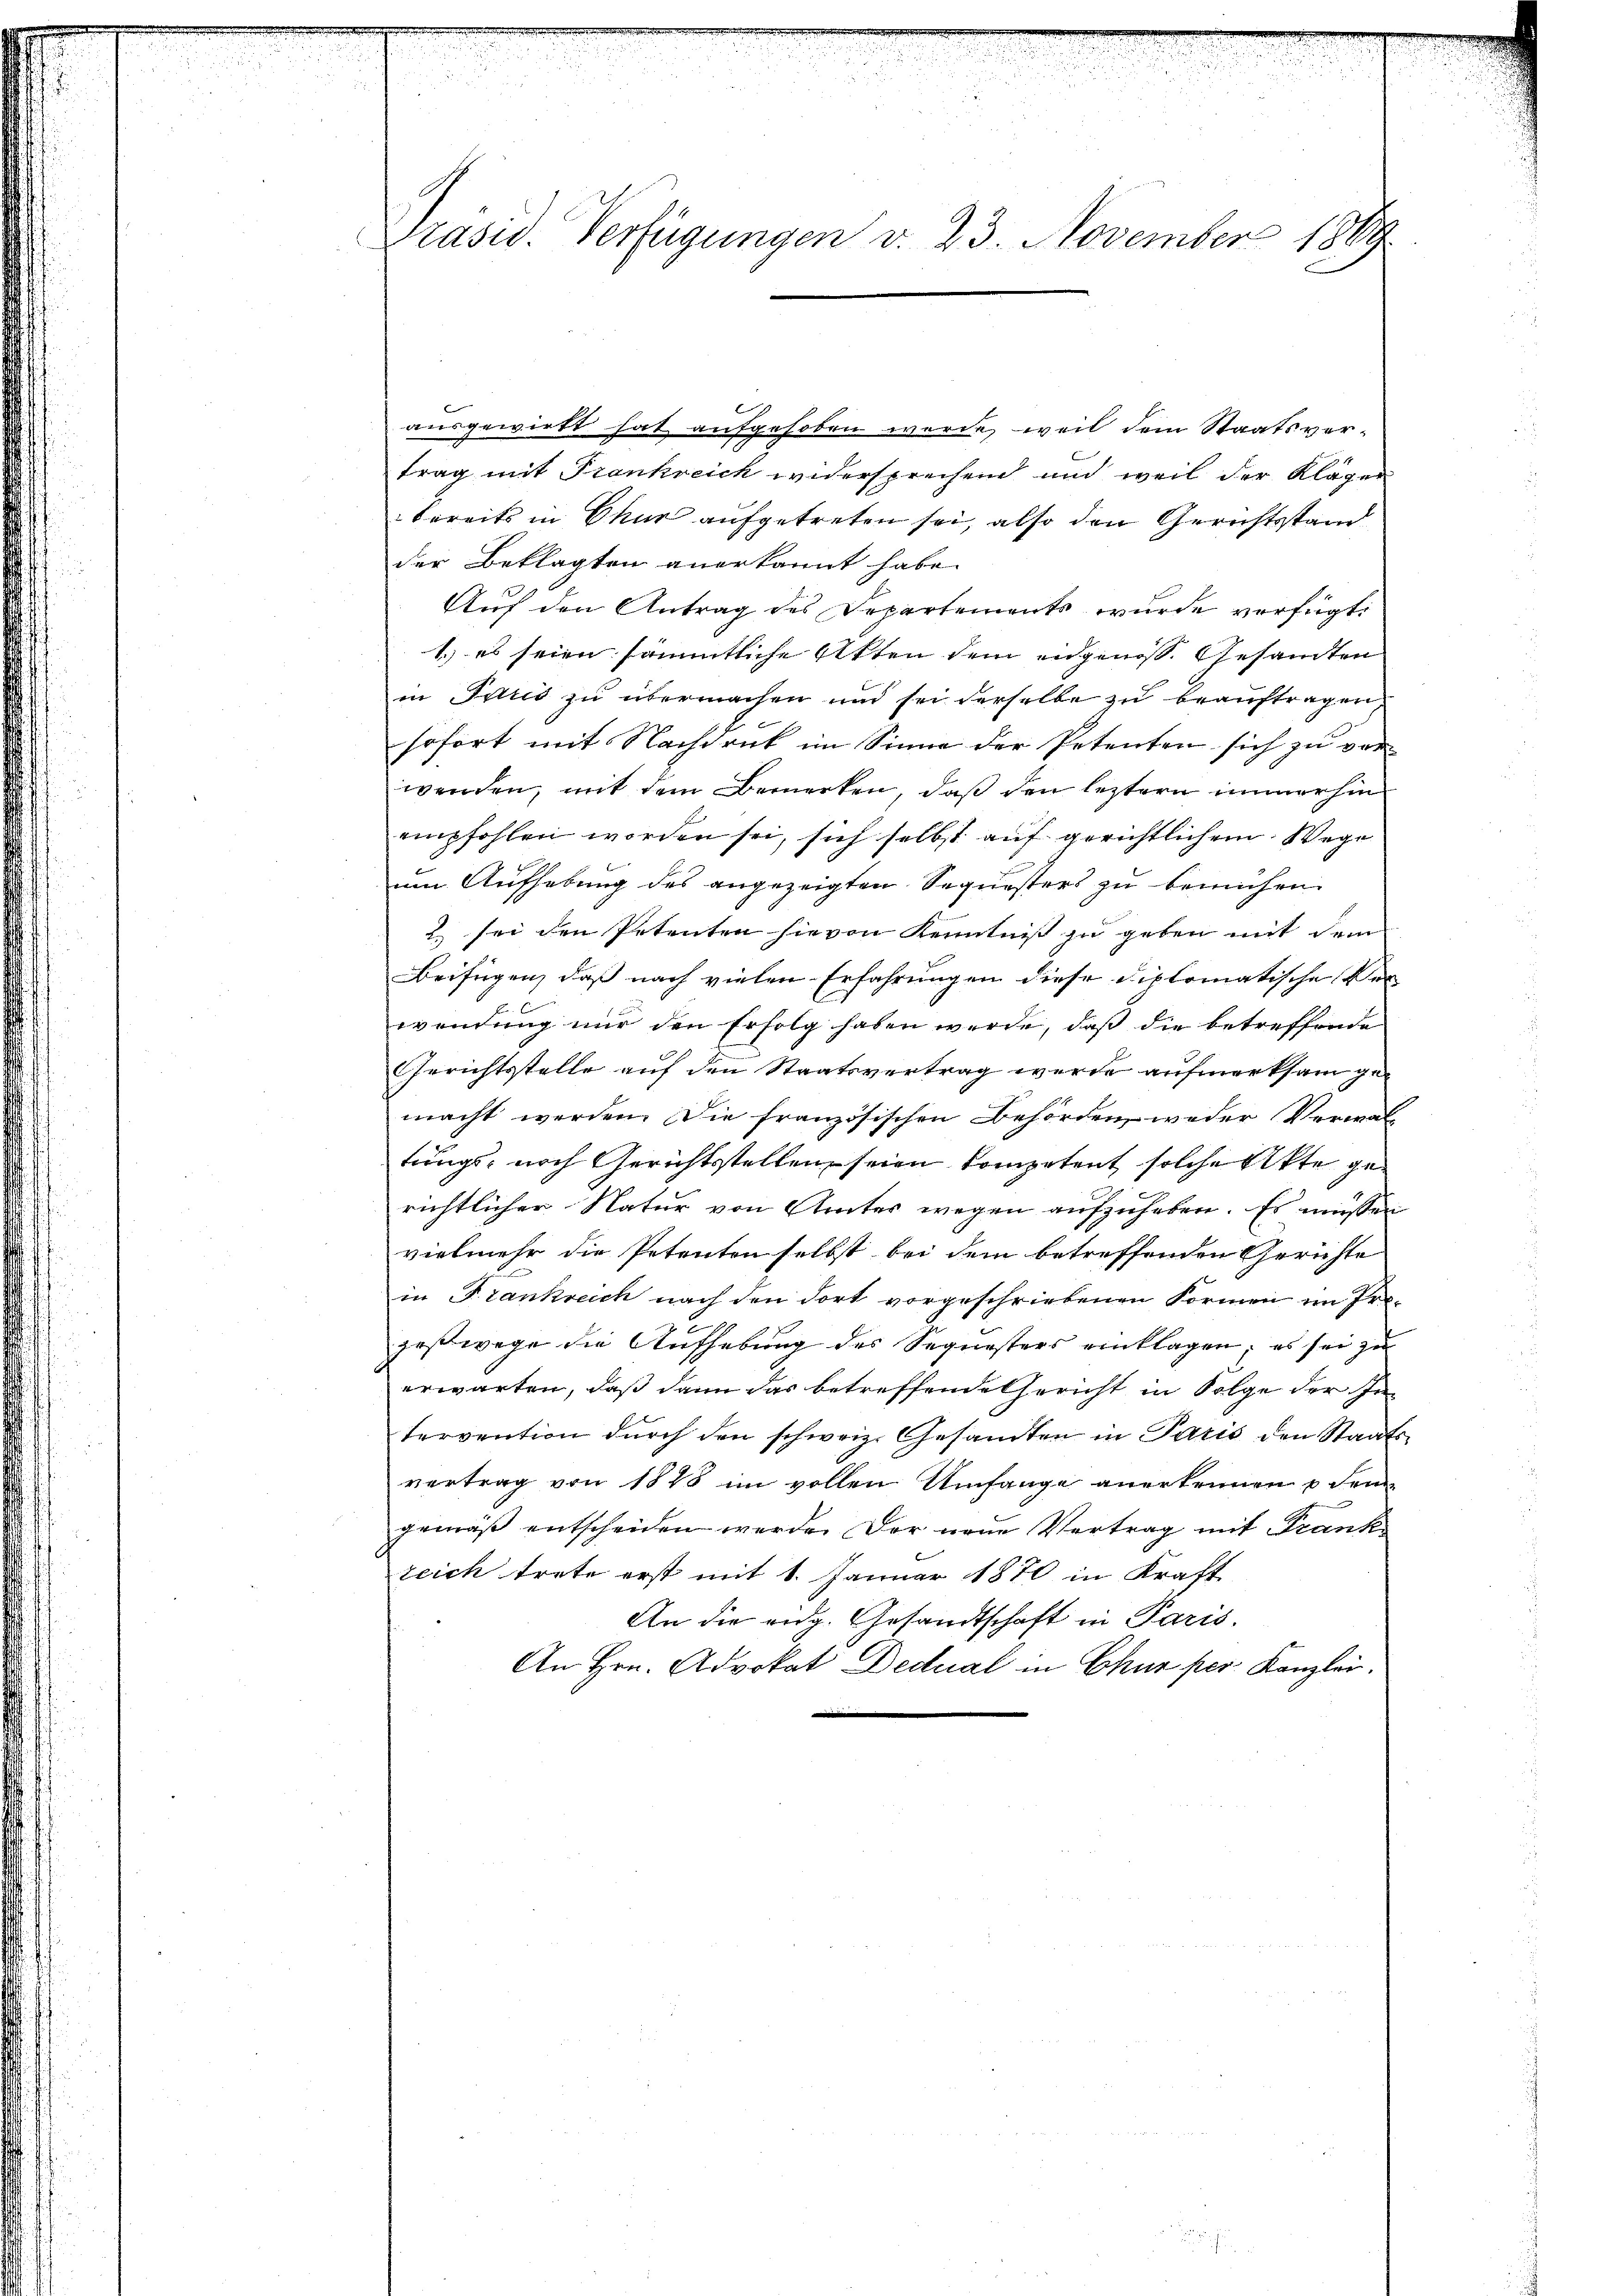
Präsid. Verfügungen v. 23. November 1869

ausgewirkt hat aufgehoben werde, weil dem Staatsvertrag mit Frankreich widersprechend und weil der Kläger
bereits in Chur aufgetreten sei, also den Gerichtsstand
der Beklagten anerkannt habe.
Auf den Antrag des Departements wurde verfügt:
1.) es seien sämmtliche Akten dem eidgenöss. Gesandten
in Juris zu übermachen und sei derselbe zu beauftragen
sofort mit Nachdruck im Sinne der Petenten sich zu verwenden, mit dem Bemerken, daß den leztern immerhin
empfohlen worden sei, sich selbst auf gerichtlichem Wege
um Aufhebung des angezeigten Sequesters zu bemühen.
2.) sei den Petenten hievon Kenntniß zu geben mit dem
Beifügen, daß nach vielen Erfahrungen diese diplomatische Ver-
wendung nur den Erfolg haben werde, daß die betreffende
Gerichtsstelle auf den Staatsvertrag wurde aufmerksam gemacht werden. Die französischen Behörden, weder Verwaltungs- noch Gerichtsstellen seien kompetent solche Akte gerichtlicher Natur von Amter wegen aufzuheben. Es müssen
vielmehr die Petenten selbst bei dem betreffenden Gerichte
in Frankreich nach den dort vorgeschriebenen Formen im Ergeßwege die Aufhebung des Sequesters einklagen; es sei zu
erwarten, daß dann das betreffende Gericht in Folge der Intervention durch den schweiz. Gesamten in Paris den Staatsvertrag von 1848 im vollen Umfange anerkennen p. den
gemäß entscheiden werde. Der neue Vertrag mit Frank
zeich trete erst mit 1. Januar 1870 in Kraft
An die eidg. Gesandtschaft in Paris.
An Hrn. Advokat Dedual in Chur per Kanzlei.